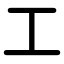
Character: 工